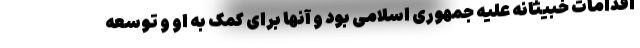
اقدامات خبیثانه علیه جمهوری اسلامی بود و آنها برای کمک به او و توسعه